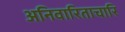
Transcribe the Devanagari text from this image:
अनिवारिताचारि